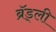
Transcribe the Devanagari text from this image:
ब्रॅड्ली